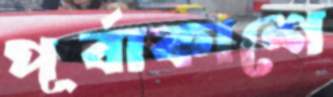
পূর্বাকাশে